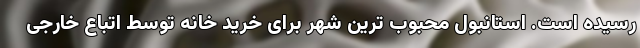
رسیده است. استانبول محبوب ترین شهر برای خرید خانه توسط اتباع خارجی